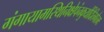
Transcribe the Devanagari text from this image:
गंगायामस्थिनिक्षेपंनकुर्यादितिगौतमः